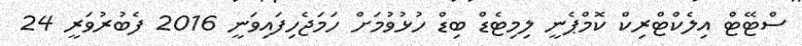
ސްޓޭޓް އިލެކްޓްރިކް ކޮމްޕެނީ ލިމިޓެޑް ބިޑް ހުޅުވުމަށް ހަމަޖެހިފައިވަނީ 2016 ފެބުރުވަރީ 24